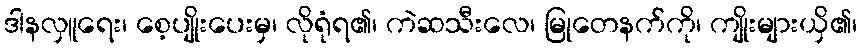
ဒါနလှူရေး၊ စေ့ပျိုးပေးမှ၊ လိုရုံရ၏၊ ကဲဆသီးလေ၊ မြုတေနက်ကို၊ ကျိုးများယှိ၏၊